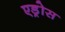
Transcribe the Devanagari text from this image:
एड्रोस